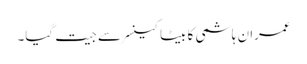
عمران ہاشمی کا بیٹا کینسر سے جیت گیا۔